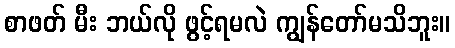
စာဖတ် မီး ဘယ်လို ဖွင့်ရမလဲ ကျွန်တော်မသိဘူး။